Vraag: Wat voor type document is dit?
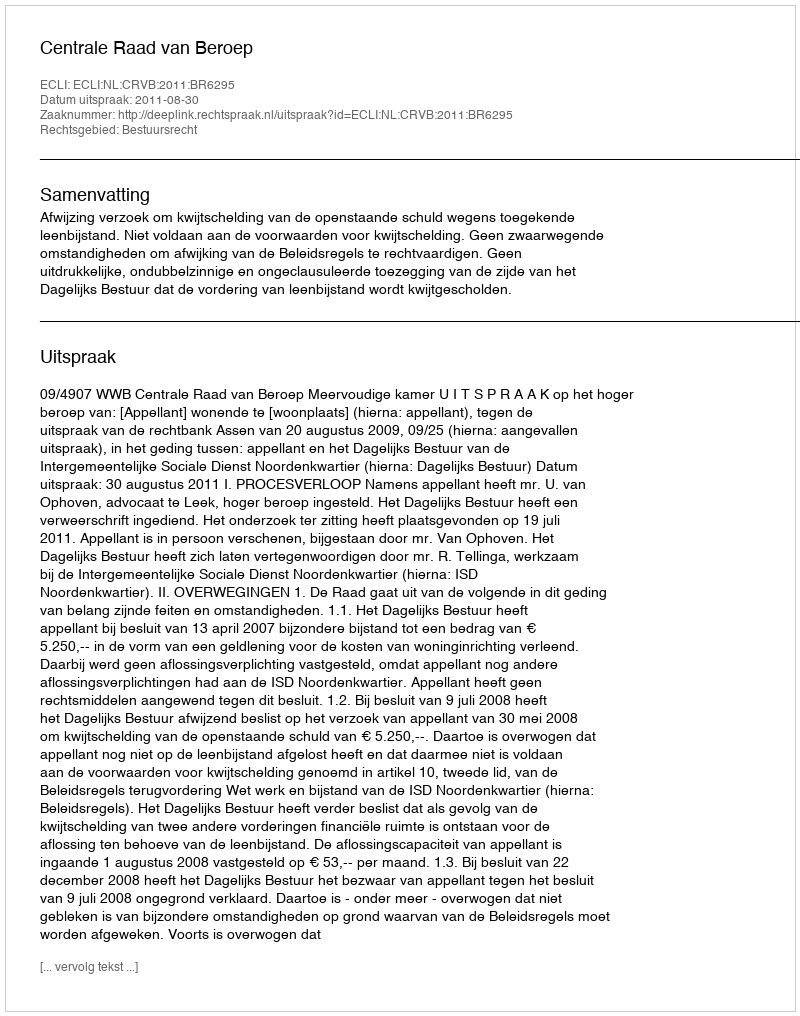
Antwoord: Uitspraak